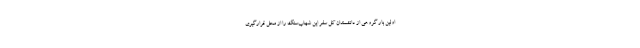
اولین بار گروهی از دانشمندان کل سفر این شهاب‌سنگ را از محل قرارگیری